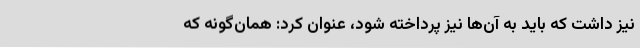
نیز داشت که باید به آن‌ها نیز پرداخته شود، عنوان کرد: همان‌گونه که